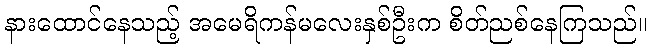
နားထောင်နေသည့် အမေရိကန်မလေးနှစ်ဦးက စိတ်ညစ်နေကြသည်။